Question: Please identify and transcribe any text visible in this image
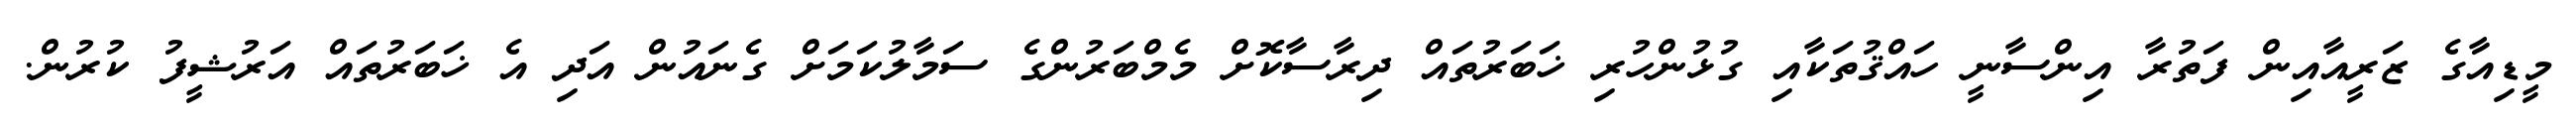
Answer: މީޑިއާގެ ޒަރީއާއިން ފަތުރާ އިންސާނީ ހައްޤުތަކާއި ގުޅުންހުރި ޚަބަރުތައް ދިރާސާކޮށް މެމްބަރުންގެ ސަމާލުކަމަށް ގެނައުން އަދި އެ ޚަބަރުތައް އަރުޝީފު ކުރުން.